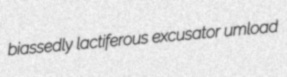
biassedly lactiferous excusator umload